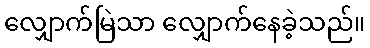
လျှောက်မြဲသာ လျှောက်နေခဲ့သည်။